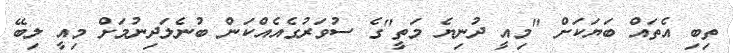
ތިބި އެތައް ބަޔަކަށް "މިއީ ދުނިޔެ މަތީ"ގެ ސުވަރުގެއެއްކަން ބުނެލަދިނުމަށް މިއީ ލިބޭ